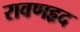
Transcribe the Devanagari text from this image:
रावणहृद